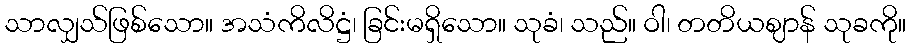
သာလျှသ်ဖြစ်သော။ အသံကိလိဋ္ဌံ၊ ခြင်းမရှိသော။ သုခံ၊ သည်။ ဝါ၊ တတိယဈာန် သုခကို။